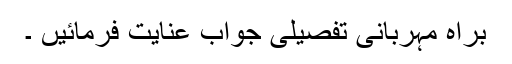
براہ مہربانی تفصیلی جواب عنایت فرمائیں ۔